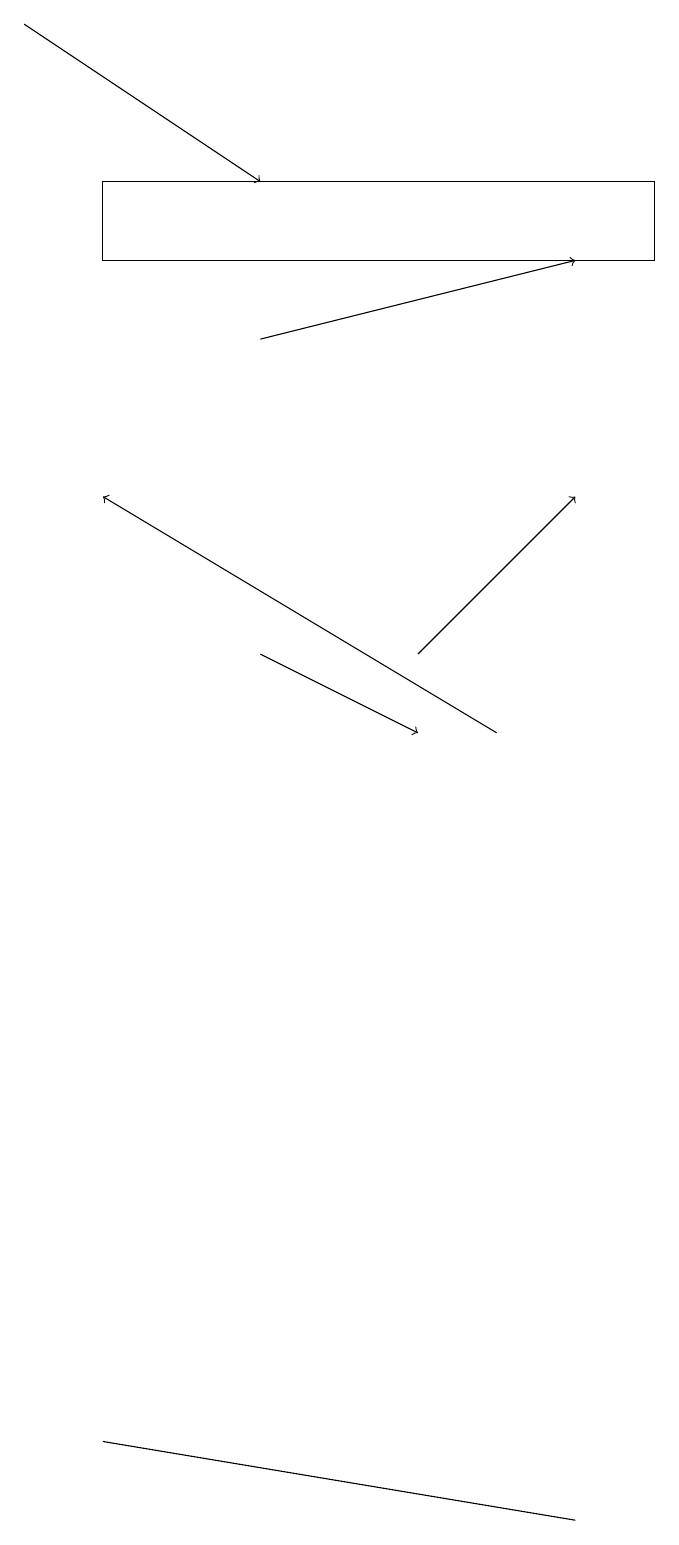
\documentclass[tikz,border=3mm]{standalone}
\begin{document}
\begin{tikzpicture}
\draw[->] (7,10) -- (2,13);
\draw[->] (4,15) -- (8,16);
\draw (2,17) rectangle (9,16);
\draw[->] (1,19) -- (4,17);
\draw (8,0) -- (2,1) -- (8,0) -- cycle;
\draw[->] (4,11) -- (6,10);
\draw[->] (6,11) -- (8,13);
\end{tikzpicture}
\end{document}